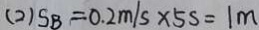
( 2 ) S B = 0 . 2 m / s \times 5 s = 1 m